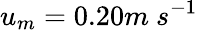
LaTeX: u_{m}=0.20m\ s^{-1}